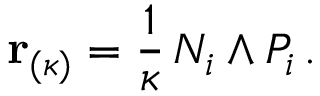
{ \bf r } _ { ( \kappa ) } = \frac { 1 } { \kappa } \, N _ { i } \wedge P _ { i } \, .